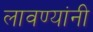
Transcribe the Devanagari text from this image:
लावण्यांनी